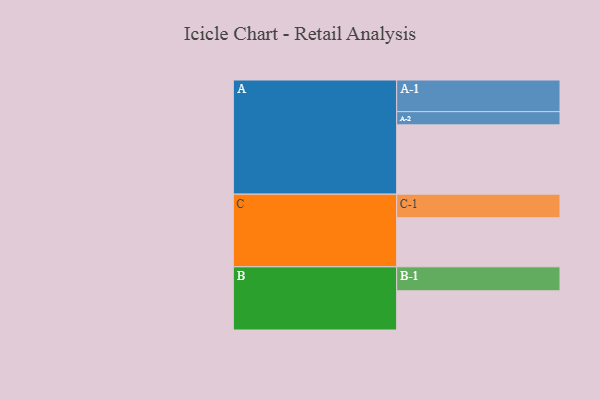
{"axis": {"x": "Segment", "y": "Value"}, "legend": ["", "A", "B", "C"], "data": [{"x": "A", "y": 576, "type": ""}, {"x": "B", "y": 326, "type": ""}, {"x": "C", "y": 408, "type": ""}, {"x": "A-1", "y": 263, "type": "A"}, {"x": "A-2", "y": 110, "type": "A"}, {"x": "B-1", "y": 199, "type": "B"}, {"x": "C-1", "y": 196, "type": "C"}]}